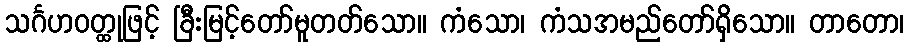
သင်္ဂဟဝတ္ထုဖြင့် ခြီးမြင့်တော်မူတတ်သော။ ကံသော၊ ကံသအမည်တော်ရှိသော။ တာတော၊